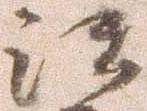
注